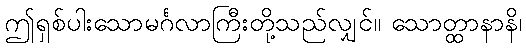
ဤရှစ်ပါးသောမင်္ဂလာကြီးတို့သည်လျှင်။ သောတ္ထာနာနိ၊